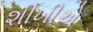
શીખીએ